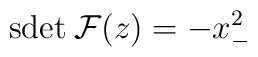
\mbox{sdet}\:{\cal F}(z)=-x_{-}^{2}